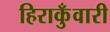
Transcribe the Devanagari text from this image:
हिराकुँवारी